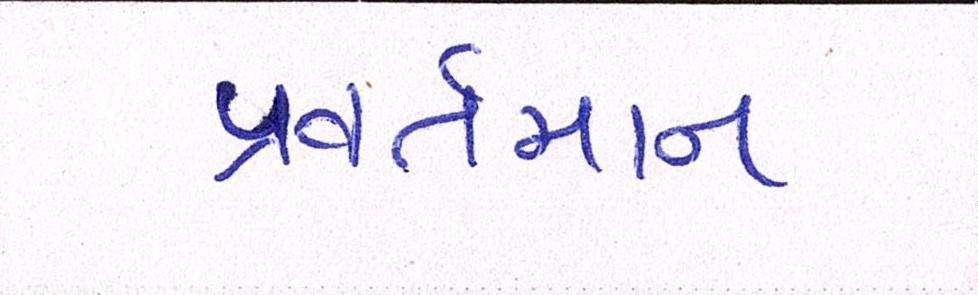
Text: પ્રવર્તમાન